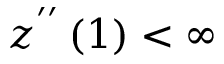
z ^ { ^ { \prime \prime } } \left( 1 \right) < \infty